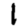
Digit: 1